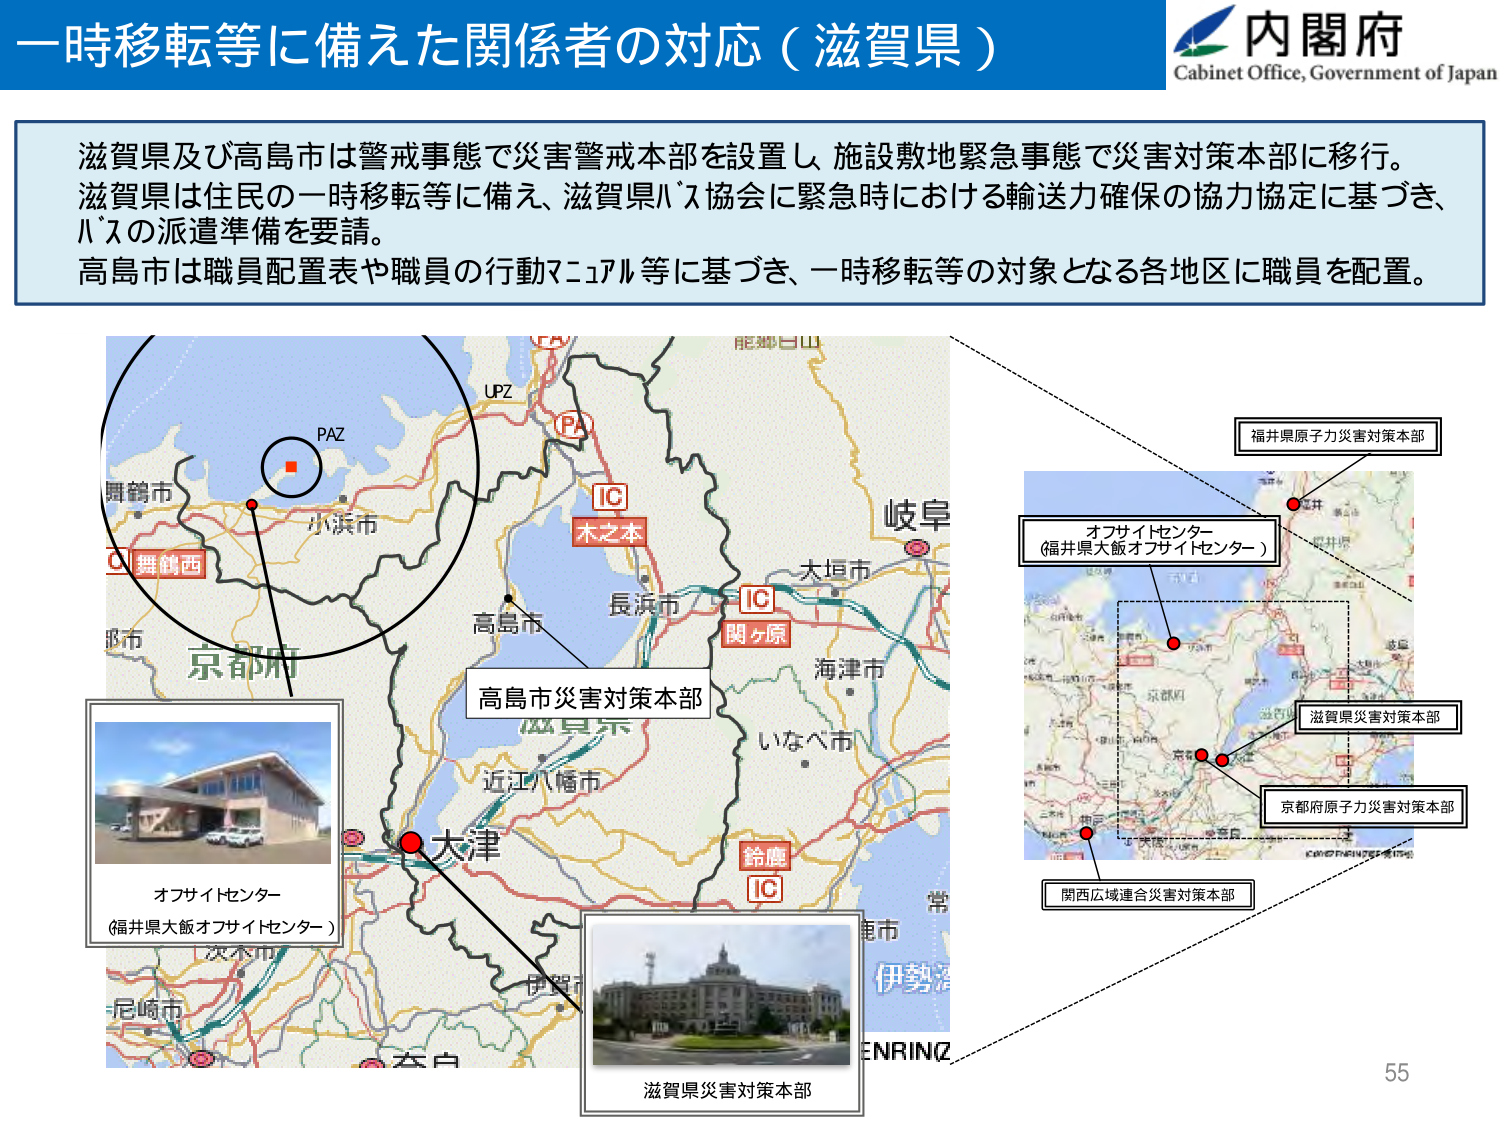
一時移転等に備えた関係者の対応（滋賀県）

内閣府
Cabinet Office, Government of Japan

滋賀県及び高島市は警戒事態で災害警戒本部を設置し、施設敷地緊急事態で災害対策本部に移行。
滋賀県は住民の一時移転等に備え、滋賀県バス協会に緊急時における輸送力確保の協力協定に基づき、
バスの派遣準備を要請。
高島市は職員配置表や職員の行動マニュアル等に基づき、一時移転等の対象となる各地区に職員を配置。

PAZ
舞鶴西
小浜市
京都府
高島市
長浜市
木之本
IC
関ヶ原
IC
海津市
大垣市
岐阜
いなべ市
鈴鹿
IC
伊賀市
奈良
近江八幡市
大津
滋賀県
尼崎市
次木市
兵庫県
大阪府
大阪
神戸
ENRINZ
常陸
福井県原子力災害対策本部
オフサイトセンター
（福井県大飯オフサイトセンター）
滋賀県災害対策本部
京都府原子力災害対策本部
関西広域連合災害対策本部
高島市災害対策本部
オフサイトセンター
（福井県大飯オフサイトセンター）
滋賀県災害対策本部
55